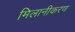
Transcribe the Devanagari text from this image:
मिलानीकरण